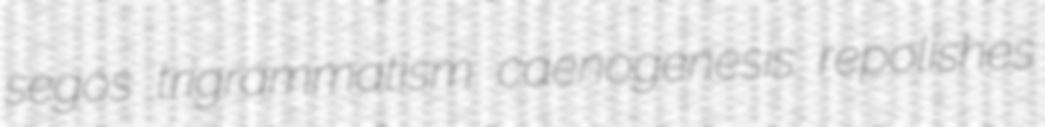
segos trigrammatism caenogenesis repolishes